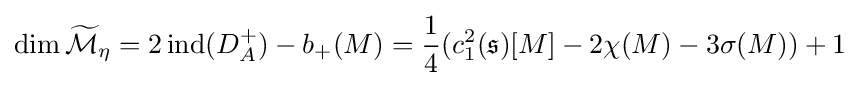
\dim {\widetilde {\mathcal {M}}}_{\eta }=2\operatorname {ind} (D_{A}^{+})-b_{+}(M)={\frac {1}{4}}(c_{1}^{2}({\mathfrak {s}})[M]-2\chi (M)-3\sigma (M))+1